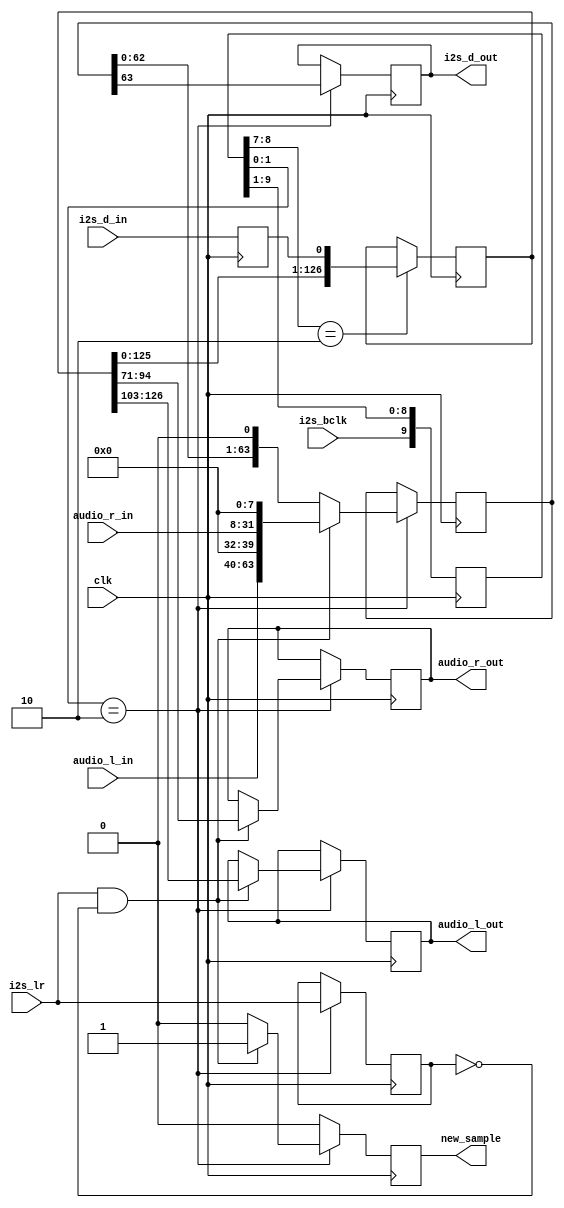
// This program was cloned from: https://github.com/Hariharan112/Audio-Interfacing-with-Zedboard
// License: MIT License

module i2s_data_interface (
    input clk,
    input [23:0] audio_l_in,
    input [23:0] audio_r_in,
    output reg [23:0] audio_l_out,
    output reg [23:0] audio_r_out,
    output reg new_sample,
    input i2s_bclk,
    output reg i2s_d_out,
    input i2s_d_in,
    input i2s_lr
);

    reg [5:0] bit_counter = 6'b0;
    reg [9:0] bclk_delay = 10'b0;
    reg [9:0] lr_delay = 10'b0;
    reg [126:0] sr_in = 127'b0;
    reg [63:0] sr_out = 64'b0;
    reg i2s_lr_last = 1'b0;
    reg i2s_d_in_last = 1'b0;

    always @(posedge clk) begin
        // Process to predict when the falling edge of i2s_bclk should be
        new_sample <= 1'b0;

        // Is there a rising edge 2 cycles ago? if so, the data bit is valid
        // And we can capture the bit
        if (bclk_delay[8:7] == 2'b10) begin
            sr_in <= {sr_in[125:0], i2s_d_in_last};
        end

        // Was there a rising edge on BCLK 9 cycles ago? 
        // If so, this shd be about the falling edge so the outut can change

        if (bclk_delay[1:0] == 2'b10) begin
            i2s_d_out <= sr_out[63];

            // If we are starting a new frame, then load samples into shift register
            if (i2s_lr == 1'b1 && i2s_lr_last == 1'b0) begin
                audio_l_out <= sr_in[126:103];
                audio_r_out <= sr_in[94:71];
                sr_out <= {audio_l_in, 8'b0, audio_r_in, 8'b0};
                new_sample <= 1'b1;
            end else begin
                sr_out <= {sr_out[62:0], 1'b0};
            end
            i2s_lr_last <= i2s_lr;
        end
        bclk_delay <= {i2s_bclk, bclk_delay[9:1]};
        i2s_d_in_last <= i2s_d_in;
    end
endmodule